Scottish Leaving Certificate Examination, 1951
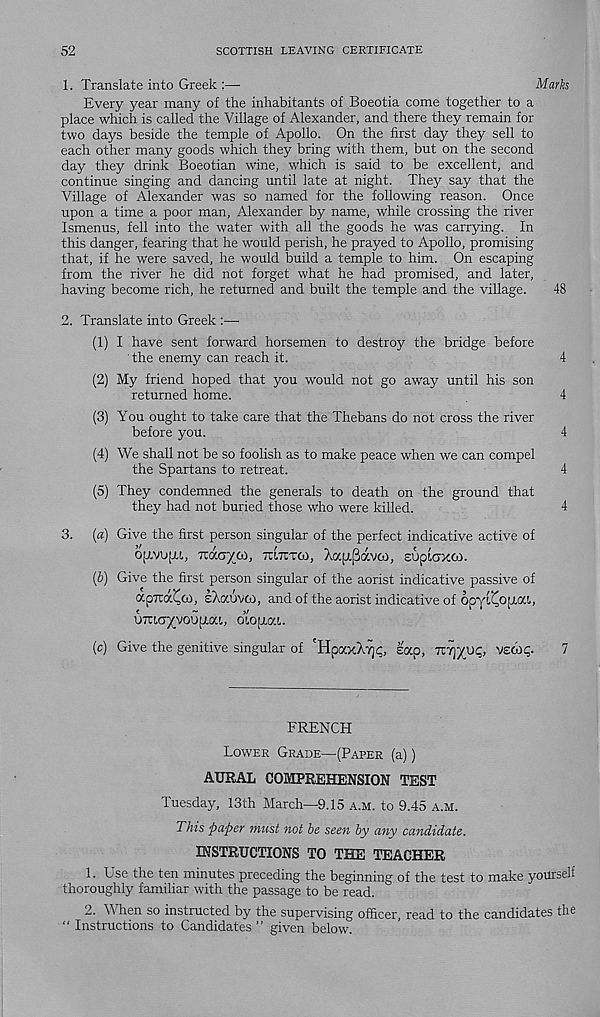
52
SCOTTISH LEAVING CERTIFICATE
1. Translate into Greek :—
Marks
Every year many of the inhabitants of Boeotia come together to a
place which is called the Village of Alexander, and there they remain for
two days beside the temple of Apollo. On the first day they sell to
each other many goods which they bring with them, but on the second
day they drink Boeotian wine, which is said to be excellent, and
continue singing and dancing until late at night. They say that the
Village of Alexander was so named for the following reason. Once
upon a time a poor man, Alexander by name, while crossing the river
Ismenus, fell into the water with all the goods he was carrying. In
this danger, fearing that he would perish, he prayed to Apollo, promising
that, if he were saved, he would build a temple to him. On escaping
from the river he did not forget what he had promised, and later,
having become rich, he returned and built the temple and the village.
48
2. Translate into Greek :—■
(1) I have sent forward horsemen to destroy the bridge before
the enemy can reach it.
4
(2) My friend hoped that you would not go away until his son
returned home.
4
(3) You ought to take care that the Thebans do not cross the river
before you.
4
(4) We shall not be so foolish as to make peace when we can compel
the Spartans to retreat.
4
(5) They condemned the generals to death on the ground that
they had not buried those who were killed.
4
3. («) Give the first person singular of the perfect indicative active of
OJJ.VOJAI, rcao^oo, TttTrrco, Aa[j.(3avoD, sopiaxoo.
(b) Give the first person singular of the aorist indicative passive of
apTOX^co, eXocuvco, and of the aorist indicative of OpYL^opiGtt,
UTUCT^voupiai, otopiai.
(c) Give the genitive singular of 'Hpax>i7]C, lap, nr^/yq, vzcdc,.
1
FRENCH
Lower Grade—(Paper (a))
AURAL COMPREHENSION TEST
Tuesday, 13th March—9.15 a.m. to 9.45 a.m.
This paper must not be seen by any candidate.
INSTRUCTIONS TO THE TEACHER
1. Use the ten minutes preceding the beginning of the test to make yourself
thoroughly familiar with the passage to be read.
2. When so instructed by the supervising officer, read to the candidates the
“ Instructions to Candidates ” given below.